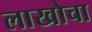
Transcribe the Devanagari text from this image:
लाखोचा